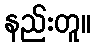
နည်းတူ။